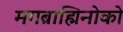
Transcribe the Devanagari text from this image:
मगब्राह्मिनोको